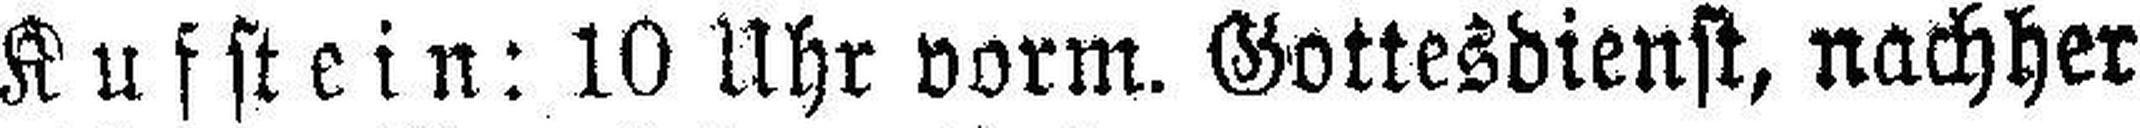
Kufstein: 10 Uhr vorm. Gottesdienst, nachher